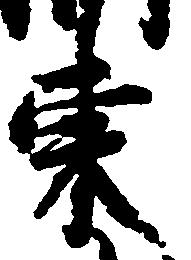
東